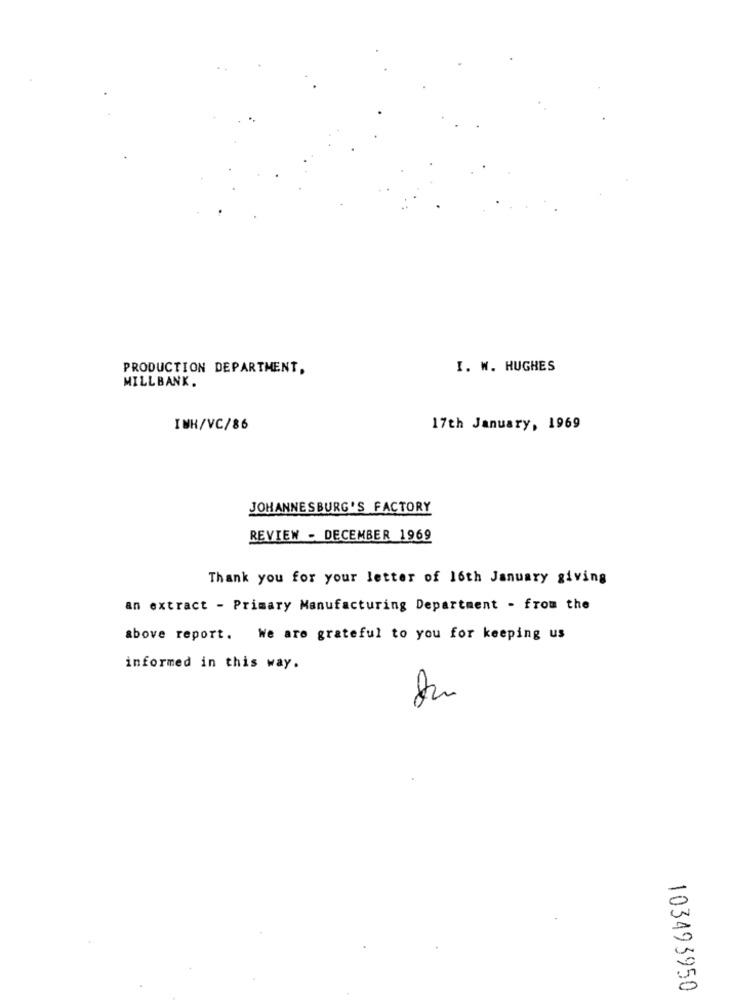
PRODUCTION DEPARTMENT,
I. W. HUGHES
MILLBANK.
IWH/VC/86
17th January, 1969
JOHANNESBURG'S FACTORY
REVIEW - DECEMBER 1969
Thank you for your letter of 16th January giving
an extract - Primary Manufacturing Department - from the
above report. We are grateful to you for keeping us
informed in this way.
do
103493950